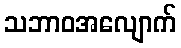
သဘာဝအလျောက်